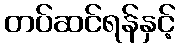
တပ်ဆင်ရန်နှင့်